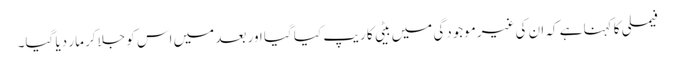
فیملی کا کہنا ہے کہ ان کی غیرموجودگی میں بیٹی کا ریپ کیا گیا اور بعد میں اس کو جلاکر مار دیا گیا۔